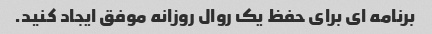
برنامه ای برای حفظ یک روال روزانه موفق ایجاد کنید.